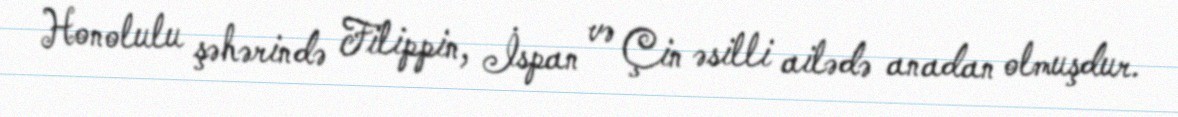
Honolulu şəhərində Filippin, İspan və Çin əsilli ailədə anadan olmuşdur.